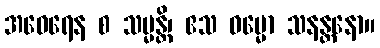
အဝေရေန စ သမ္မန္တိ၊ ဧသ ဓမ္မော သနန္တနော။